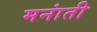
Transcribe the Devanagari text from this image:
मनांती